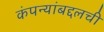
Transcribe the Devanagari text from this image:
कंपन्यांबद्दलची